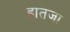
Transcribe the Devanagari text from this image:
हातजा